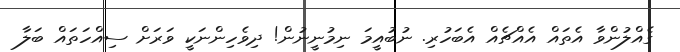
ގެއްލުންވާ އެތައް އެއްޗެއް އެބަހުރި. ނުބުއީމަ ނިމުނީނުން! ދިވެހިންނަކީ ވަރަށް ސިއްހަތައް ބަލާ